Tezpur Lunatic Asylum reports 1877-1894 - 1877-1894
Year: 1877
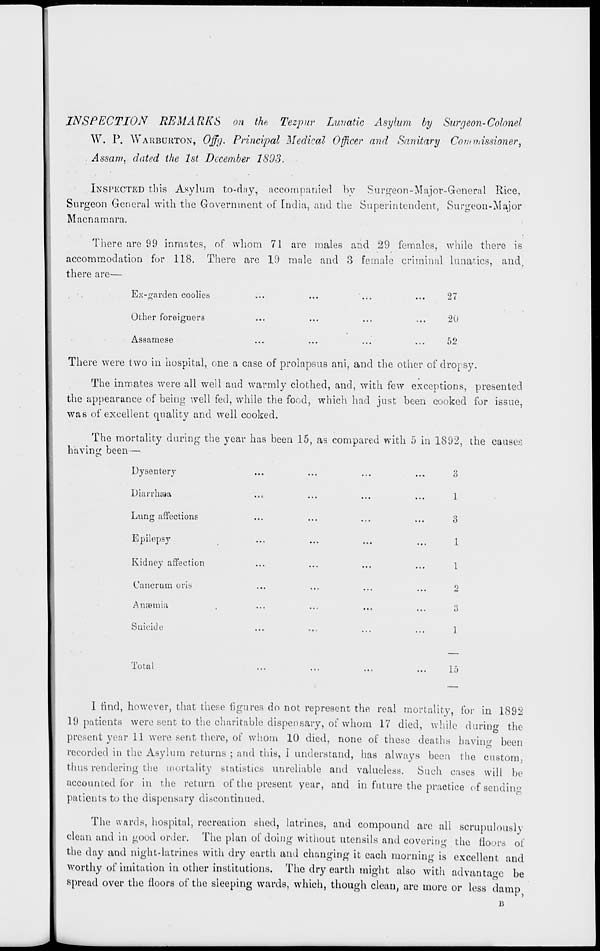
m
INSPECTION REMARKS on the Tezpur Lunatic Asylum by Surgeon-Colonel
W. P. WAKBURTON, Offg. Principal Medical Officer and Sanitary Commissioner)
Assam, daUd the 1st December 1803.
INSPECTED this Asylum to-day, accompanied by Surgeon-Major-General Rice,
Surgeon General with the Government of India, and the Superintendent, Surgeon-Major
Macnamara.
There are 99 inmates, of whom 71 arc males and 29 females, while there is
accommodation for 118. There are 19 male and 3 female criminal lunatics, and.
there are—
Ex-garden coolies
Other foreigners
Assamese
27
20
52
There were two in hospital, one a case of prolapsus ani, and the other of dropsy.
The inmates were all well and warmly clothed, and, with few exceptions, presented
the appearance of being well fed, while the food, which had just been cooked for issue,
was of excellent quality and well cooked.
The mortality during the year has been 15, as compared with 5 in 1892, the causes
bavin IT been—
Dysentery
Diarrhaaa
Lung affections
Epilepsy
Kidney affection
Oancrum oris
Anaemia
Suicide
o
O
3
1
1
2
a
l
Total
15
I find, however, that these figures do not represent the real mortality, for in 1892
19 patients were sent to the charitable dispensary, of whom 17 died, while during the
present year 11 were sent there, of whom 10 died, none of these deaths having been
recorded in the Asylum returns ; and this, I understand, has always been the custom
thus rendering the mortality statistics unreliable and valueless. Such cases will be
accounted for in the return of the present year, and in future the practice of sending
patients to the dispensary discontinued.
The wards, hospital, recreation shed, latrines, and compound are all scrupulously
clean and in good order. The plan of doing without utensils and covering the floors of
the day and night-latrines with dry earth and changing it each morning is excellent and
worthy of imitation in other institutions. The dry earth might also with advantage be
spread over the floors of the sleeping wards, which, though clean, are more or less damp
B